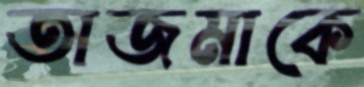
তাজমাকে